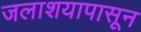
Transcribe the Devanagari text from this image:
जलाशयापासून